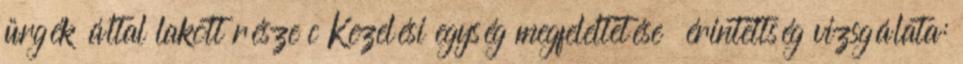
ürgék által lakott része c Kezelési egység megfeleltetése érintettség vizsgálata: